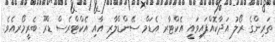
ތަރިންގެ ރޯލު އަދާކޮއްފައިވައީ އެކްޓާރ އެޑަމް ސޭންޑްލާރ އާއި އެކްޓްރެސް ޑްރޫ ބެރީމޯރއެވެ.